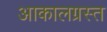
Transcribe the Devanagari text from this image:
आकालग्रस्त